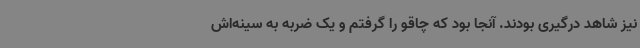
نیز شاهد درگیری بودند. آنجا بود که چاقو را گرفتم و یک ضربه به سینه‌اش